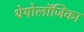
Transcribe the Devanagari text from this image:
थेयोलॉजिका